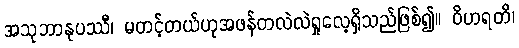
အသုဘာနုပဿီ၊ မတင့်တယ်ဟုအဖန်တလဲလဲရှုလေ့ရှိသည်ဖြစ်၍။ ဝိဟရတိ၊